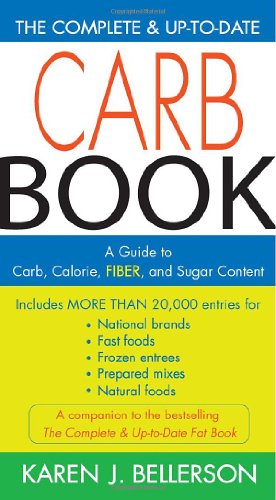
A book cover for The Complete and Up-to-Date Carb Book: A Guide to Carb, Calorie, Fiber, and Sugar Content; Karen J. Bellerson; Health, Fitness & Dieting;